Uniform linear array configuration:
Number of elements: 8
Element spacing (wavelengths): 1
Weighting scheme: uniform
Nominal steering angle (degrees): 30
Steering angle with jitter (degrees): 29.454
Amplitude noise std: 0.05
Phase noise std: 0.05

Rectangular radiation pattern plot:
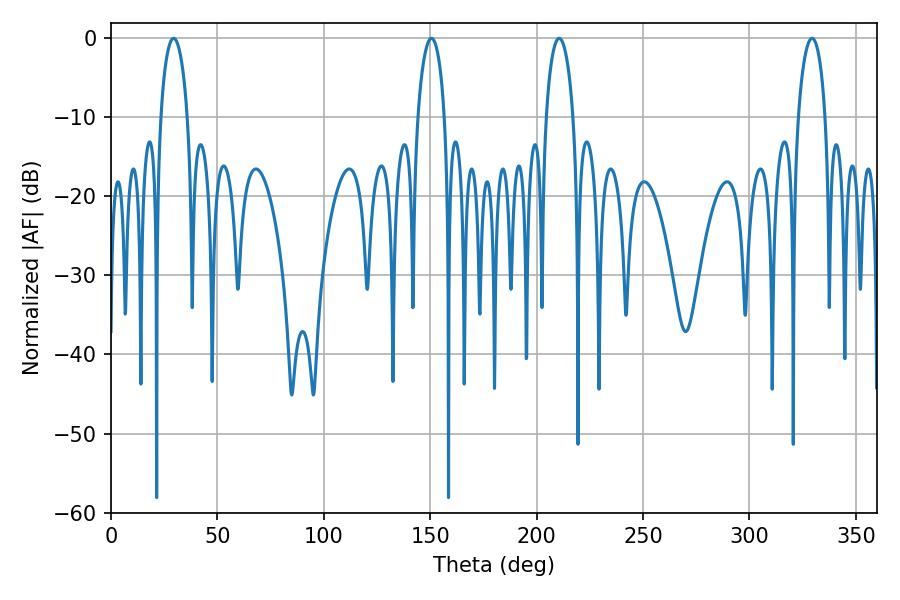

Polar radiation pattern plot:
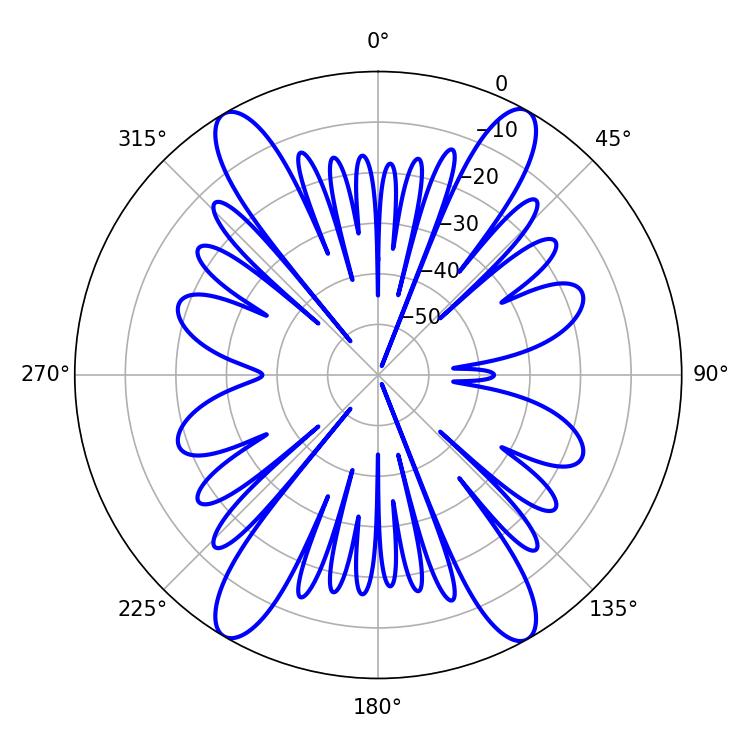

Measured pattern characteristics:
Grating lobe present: TRUE
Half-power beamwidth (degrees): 7.38
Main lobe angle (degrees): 210.6